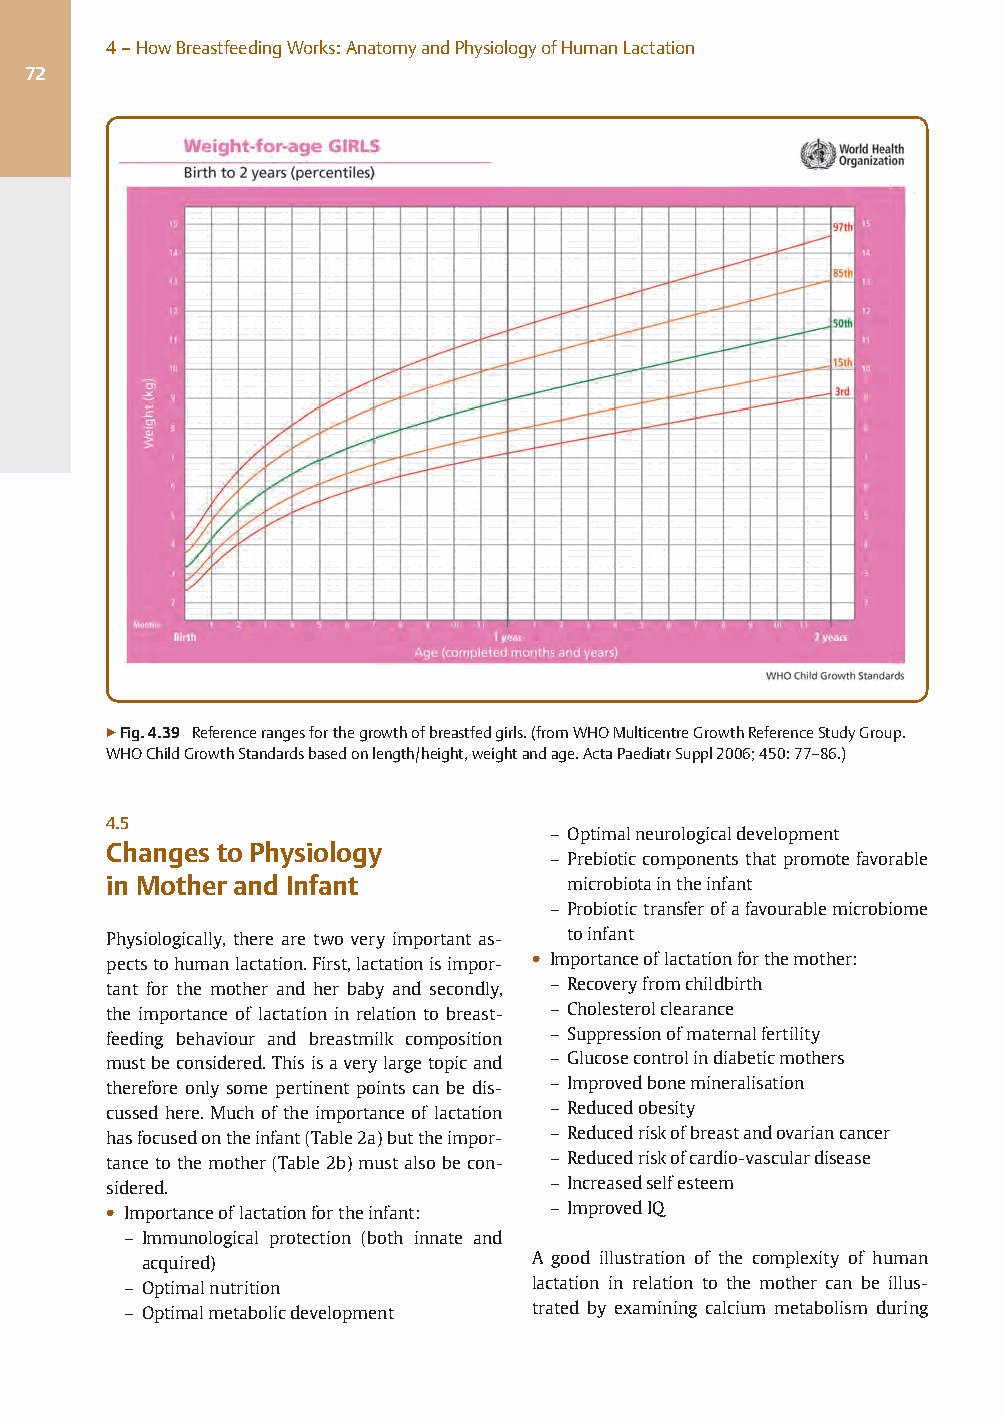
4–HowBreastfeedingWorks:AnatomyandPhysiologyofHumanLactation
 72
 ▶Fig.4.39 Referencerangesforthegrowthofbreastfedgirls.(fromWHOMulticentreGrowthReferenceStudyGroup.
 WHOChildGrowthStandardsbasedonlength/height,weightandage.ActaPaediatrSuppl2006;450:77–86.)
 4.5
 – Optimalneurologicaldevelopment
 Changes to Physiology
 – Prebioticcomponentsthat promotefavorable
 in Mother and Infant           microbiotaintheinfant
 – Probiotictransferofafavourablemicrobiome
 Physiologically, there are two very important as- toinfant
 pectstohumanlactation.First,lactationisimpor- ● Importanceoflactationforthemother:
 tant for the mother and her baby and secondly, – Recoveryfromchildbirth
 the importance of lactation in relation to breast- – Cholesterolclearance
 feeding behaviour and breastmilk composition – Suppressionofmaternalfertility
 mustbeconsidered.Thisisaverylargetopicand – Glucosecontrolindiabeticmothers
 therefore only some pertinent points can be dis- – Improvedbonemineralisation
 cussed here. Much of the importance of lactation – Reducedobesity
 hasfocusedontheinfant(Table2a)buttheimpor- – Reducedriskofbreastandovariancancer
 tancetothemother(Table 2b)must alsobecon- – Reducedriskofcardio-vasculardisease
 sidered.                      – Increasedselfesteem
 ● Importanceoflactationfortheinfant: – ImprovedIQ
 – Immunological protection (both innate and
 acquired)                 A good illustration of the complexity of human
 – Optimalnutrition         lactation in relation to the mother can be illus-
 – Optimalmetabolicdevelopment trated by examining calcium metabolism during